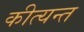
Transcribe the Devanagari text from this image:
कीत्यन्त